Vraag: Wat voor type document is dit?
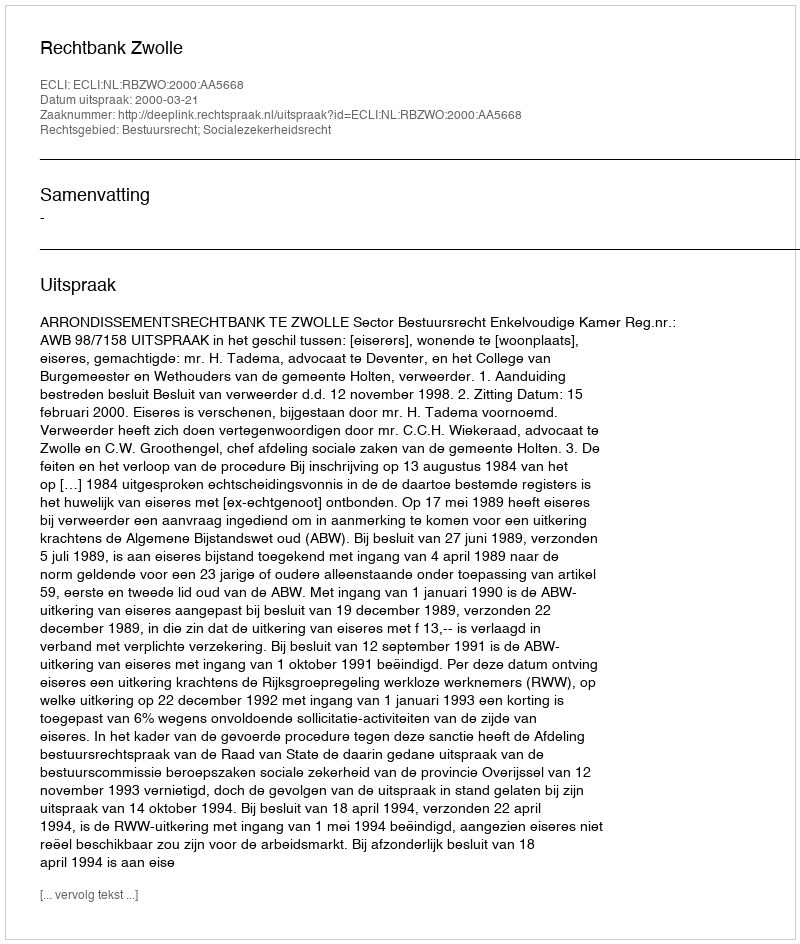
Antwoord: Uitspraak